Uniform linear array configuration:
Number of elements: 48
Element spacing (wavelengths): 0.25
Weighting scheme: kaiser
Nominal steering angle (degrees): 30
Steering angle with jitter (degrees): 28.174
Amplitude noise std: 0.05
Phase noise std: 0.05

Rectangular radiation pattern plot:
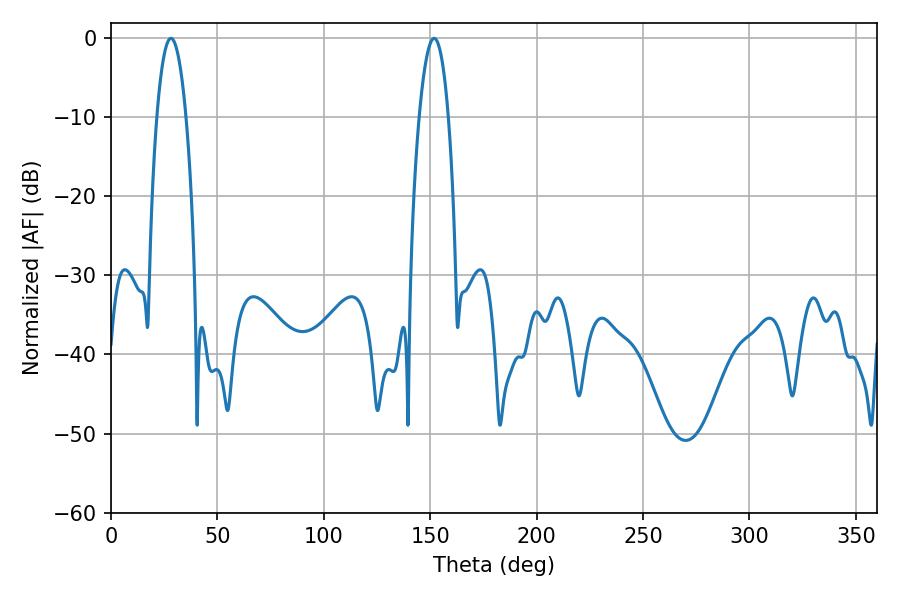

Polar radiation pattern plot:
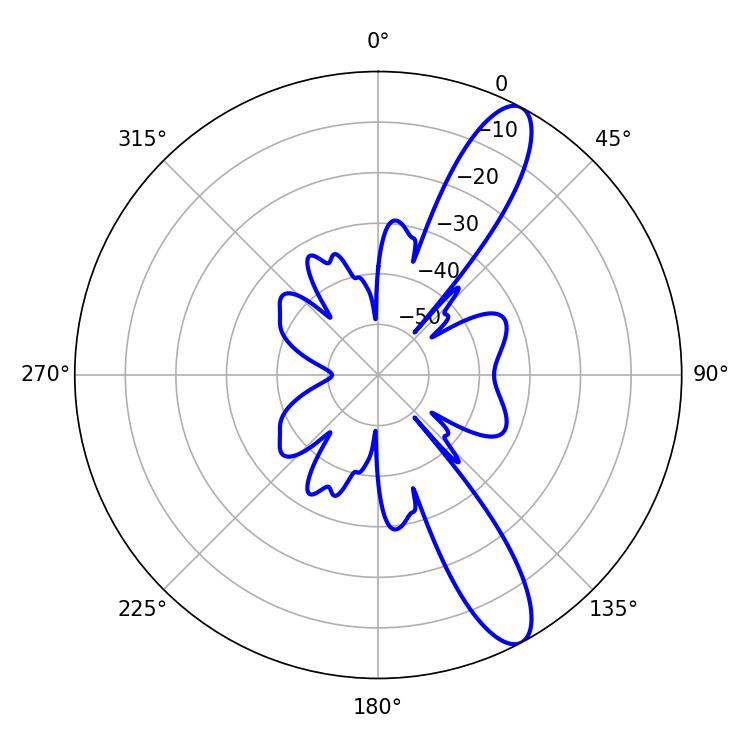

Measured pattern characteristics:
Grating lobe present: FALSE
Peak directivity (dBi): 11.718
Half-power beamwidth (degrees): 7.56
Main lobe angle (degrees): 28.08